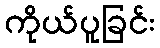
ကိုယ်ပူခြင်း